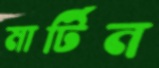
মার্টিন